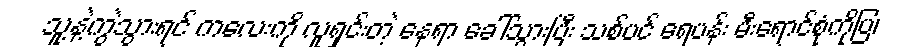
သူ့နဲ့ကွဲသွားရင် ကလေးကို လူရှင်းတဲ့ နေရာ ခေါ်သွားပြီး သစ်ပင် ရေပန်း မီးရောင်စုံကိုပြ၊